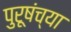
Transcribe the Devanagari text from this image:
पुरूषंच्या